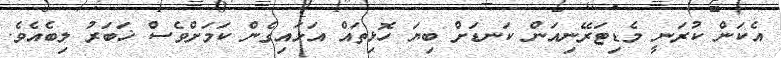
އެކަން ކުރަނީ މެޑިޓަރޭނިއަން ކަނޑަށް ބިޔަ ހޮޅިތައް އަޅައިގެން ކަމަށްވެސް ޚަބަރު ލިބެއެވެ.